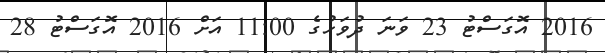
2016 އޮގަސްޓު 23 ވަނަ ދުވަހުގެ 11:00 އަށް 2016 އޮގަސްޓު 28